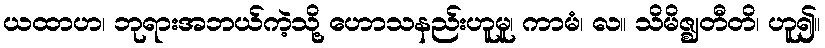
ယထာဟ၊ ဘုရားအဘယ်ကဲ့သို့ ဟောသနည်းဟူမူ၊ ကာမံ၊ လ။ သိမိဇ္ဈတီတိ၊ ဟူ၍။